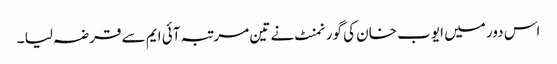
اس دور میں ایوب خان کی گورنمنٹ نے تین مرتبہ آئی ایم سے قرضہ لیا ۔